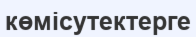
көмісутектерге